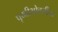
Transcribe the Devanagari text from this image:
पृथ्वीभोवतीचा